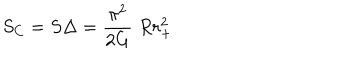
LaTeX: S _ { C } = S \Delta = { \frac { \pi ^ { 2 } } { 2 G } } \; R r _ { + } ^ { 2 }